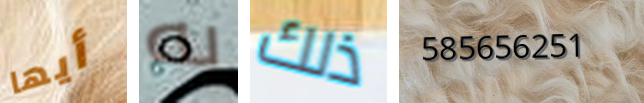
أيها به ذلك 585656251